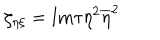
\zeta _ { \eta \xi } = \mathrm { I m } \tau \eta ^ { 2 } \overline { { { \eta } } } ^ { 2 }